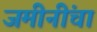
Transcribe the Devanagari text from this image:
जमीनींचा